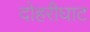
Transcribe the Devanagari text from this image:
दोहरीघाट